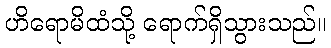
ဟိရောမိထံသို့ ရောက်ရှိသွားသည်။